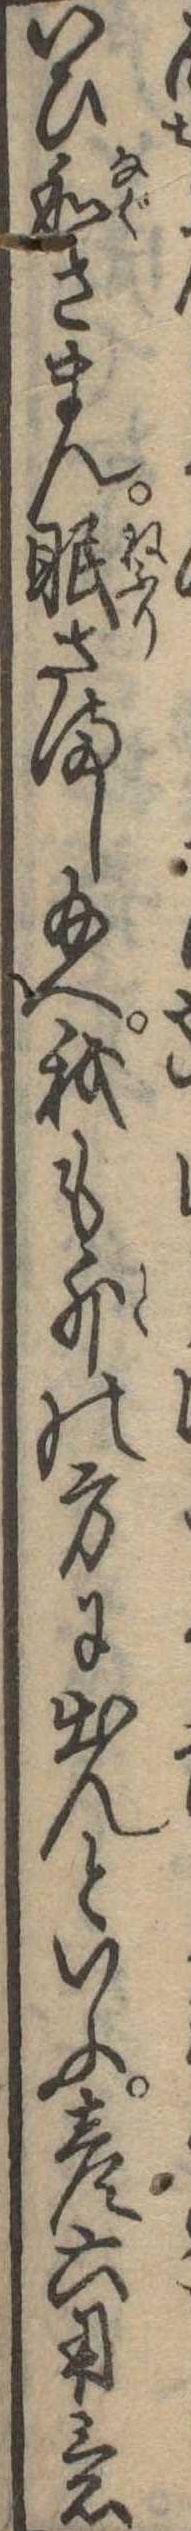
いひ和さまん眠さまし給へ我も外の方に出んといふ彦六用意